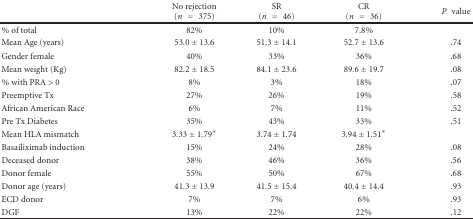
<table><thead><tr><td></td><td><b>No rejection(<i>n</i> = 375)</b></td><td><b> SR(<i>n</i> = 46)</b></td><td><b>CR (<i>n</i> = 36)</b></td><td><b><i>P</i> value</b></td></tr></thead><tbody><tr><td>% of total</td><td>82%</td><td>10%</td><td>7.8%</td><td></td></tr><tr><td>Mean Age (years)</td><td>53.0 ± 13.6</td><td>51.3 ± 14.1</td><td>52.7 ± 13.6</td><td>.74</td></tr><tr><td>Gender female</td><td>40%</td><td>33%</td><td>36%</td><td>.68</td></tr><tr><td>Mean weight (Kg)</td><td>82.2 ± 18.5</td><td>84.1 ± 23.6</td><td>89.6 ± 19.7</td><td>.08</td></tr><tr><td>% with PRA &gt; 0</td><td>8%</td><td>3%</td><td>18%</td><td>.07</td></tr><tr><td>Preemptive Tx</td><td>27%</td><td>26%</td><td>19%</td><td>.58</td></tr><tr><td>African American Race</td><td>6%</td><td>7%</td><td>11%</td><td>.52</td></tr><tr><td>Pre Tx Diabetes</td><td>35%</td><td>43%</td><td>33%</td><td>.51</td></tr><tr><td>Mean HLA mismatch</td><td>3.33 ± 1.79*</td><td>3.74 ± 1.74</td><td>3.94 ± 1.51*</td><td></td></tr><tr><td>Basailiximab induction</td><td>15%</td><td>24%</td><td>28%</td><td>.08</td></tr><tr><td>Deceased donor</td><td>38%</td><td>46%</td><td>36%</td><td>.56</td></tr><tr><td>Donor female</td><td>55%</td><td>50%</td><td>67%</td><td>.68</td></tr><tr><td>Donor age (years)</td><td>41.3 ± 13.9</td><td>41.5 ± 15.4</td><td>40.4 ± 14.4</td><td>.93</td></tr><tr><td>ECD donor</td><td>7%</td><td>7%</td><td>6%</td><td>.93</td></tr><tr><td>DGF</td><td>13%</td><td>22%</td><td>22%</td><td>.12</td></tr></tbody></table>